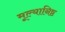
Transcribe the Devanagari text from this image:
मूल्यानिष्ठ